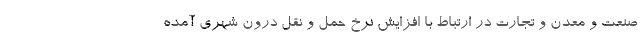
صنعت و معدن و تجارت در ارتباط با افزایش نرخ حمل و نقل درون شهری آمده